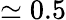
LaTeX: \simeq 0.5